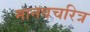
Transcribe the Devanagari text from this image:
मानवचरित्र